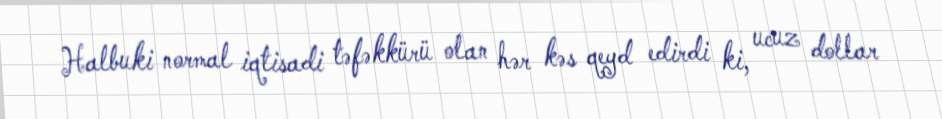
Halbuki normal iqtisadi təfəkkürü olan hər kəs qeyd edirdi ki, ucuz dollar